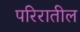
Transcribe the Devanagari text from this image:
परिरातील